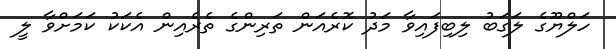
ހަލްޔޫގެ ލަގަބު ލިބިފައިވާ މަދު ކޮރެއަން ތަރިންގެ ތެރެއިން އެކަކު ކަމަށްވާ ލީ